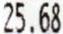
25.68